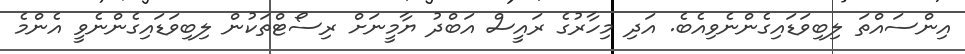
އިންސައްތަ ލިބިވަޑައިގެންނެވިއެބެ. އަދި މިހާރުގެ ރައީސް އަބްދު ޔާމީނަށް ރިސޯޓްތަކުން ލިބިވަޑައިގެންނެވީ އެންމެ